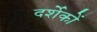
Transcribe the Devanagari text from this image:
दर्शेकों